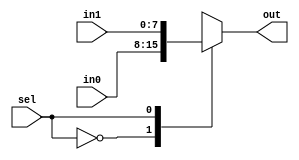
module mux(
    input [7:0] in0,
    input [7:0] in1,
    input sel,
    output reg [7:0] out
);
    always @( in0 or in1 or sel )
    begin
        case(sel)
            1'b0: out = in0;
            1'b1: out = in1;
            default: out = 8'bxxxxxxxx;
        endcase
    end
endmodule